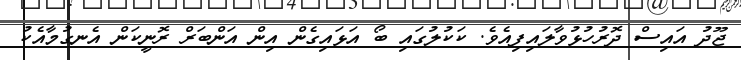
ޖޫދު އައިސް ދޮރުހުޅުވާލައިފިއެވެ. ކަކުލުގައި ބޯ އަޅައިގެން އިން އަންބަރް ރޮނީކަން އެނގުމާއެކު